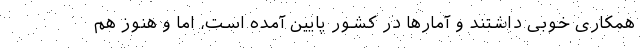
همکاری خوبی داشتند و آمار‌ها در کشور پایین آمده است، اما و هنوز هم